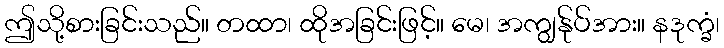
ဤသို့စားခြင်းသည်။ တထာ၊ ထိုအခြင်းဖြင့်။ မေ၊ အကျွန်ုပ်အား။ နဒုက္ခံ၊